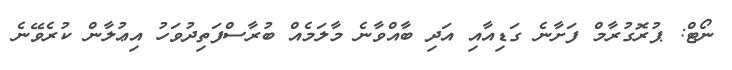
ނޯޓް: ޕުރޮގުރާމް ފަށާނެ ގަޑިއާއި އަދި ބާއްވާނެ މާލަމެއް ބުރާސްފަތިދުވަހު އިޢުލާން ކުރެވޭނެ